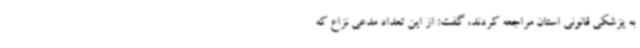
به پزشکی قانونی استان مراجعه کردند، گفت: از این تعداد مدعی نزاع که